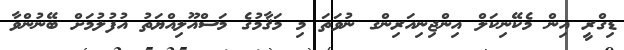
ޑިގްރީ އިން މެކޭނިކަލް އިންޖިނިއަރިންގ ނުވަތަ މި މަޤާމުގެ މަސްއޫލިއްޔަތު އުފުލުމަށް ބޭނުންވާ